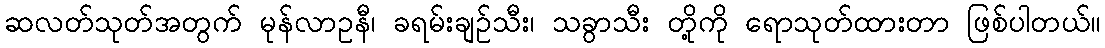
ဆလတ်သုတ်အတွက် မုန်လာဥနီ၊ ခရမ်းချဉ်သီး၊ သခွာသီး တို့ကို ရောသုတ်ထားတာ ဖြစ်ပါတယ်။